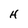
Character: H